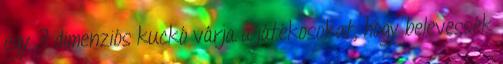
egy 3 dimenziós kuckó várja a játékosokat, hogy belevessék